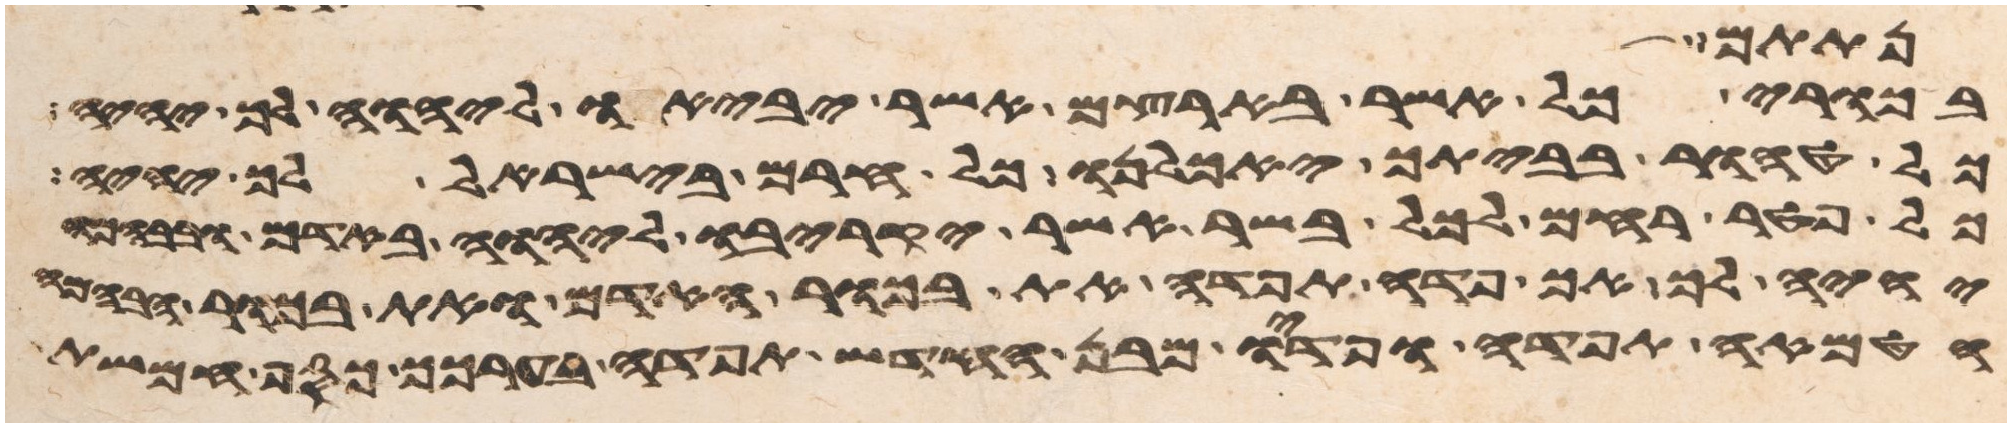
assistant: ונתתם
בכורי כל אשר בארצם אשר יביאו ליהוה לך יהיה
כל טהור בביתך יאכלנו כל חרם בישראל לך יהיה
כל פטר רחם לכל בשר אשר יקריבו ליהוה באדם ובבהמה
יהיה לך אך פדה תפדה את בכור האדם ואת בכור הבהמה
הטמאה תפדה ופדיו מבן חדש תפדה בערכך כסף חמשת